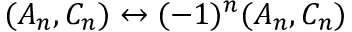
( A _ { n } , C _ { n } ) \leftrightarrow ( - 1 ) ^ { n } ( A _ { n } , C _ { n } )